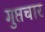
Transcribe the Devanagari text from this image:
गुप्तचार